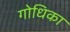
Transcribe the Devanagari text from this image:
गोधिका